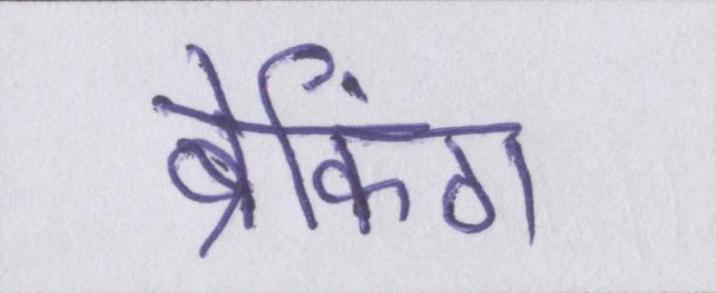
ब्रेकिंग